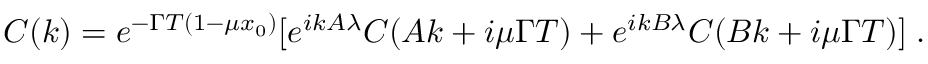
C ( k ) = e ^ { - \Gamma T ( 1 - \mu x _ { 0 } ) } [ e ^ { i k A \lambda } C ( A k + i \mu \Gamma T ) + e ^ { i k B \lambda } C ( B k + i \mu \Gamma T ) ] \; .